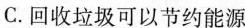
C.回收垃圾可以节约能源